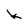
Character: k